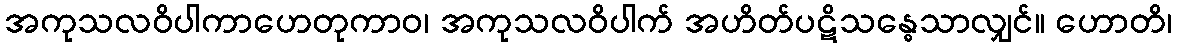
အကုသလဝိပါကာဟေတုကာဝ၊ အကုသလဝိပါက် အဟိတ်ပဋိသန္ဓေသာလျှင်။ ဟောတိ၊